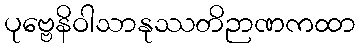
ပုဗ္ဗေနိဝါသာနုဿတိဉာဏကထာ